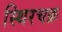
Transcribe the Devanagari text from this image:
स्थिरचक्र